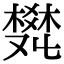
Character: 𤕩